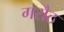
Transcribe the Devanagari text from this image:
गरौठ